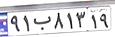
۹۱ب۸۱۳۱۹